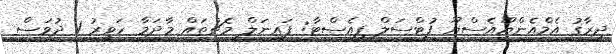
ދިރާގު އެމްއެންޔޫއެސްޔޫ ފުޓްސަލް ފިއެސްޓާ: ފައިނަލް މެޗުތައް މާދަމާ ހަވީރު 1 ދުވަސް